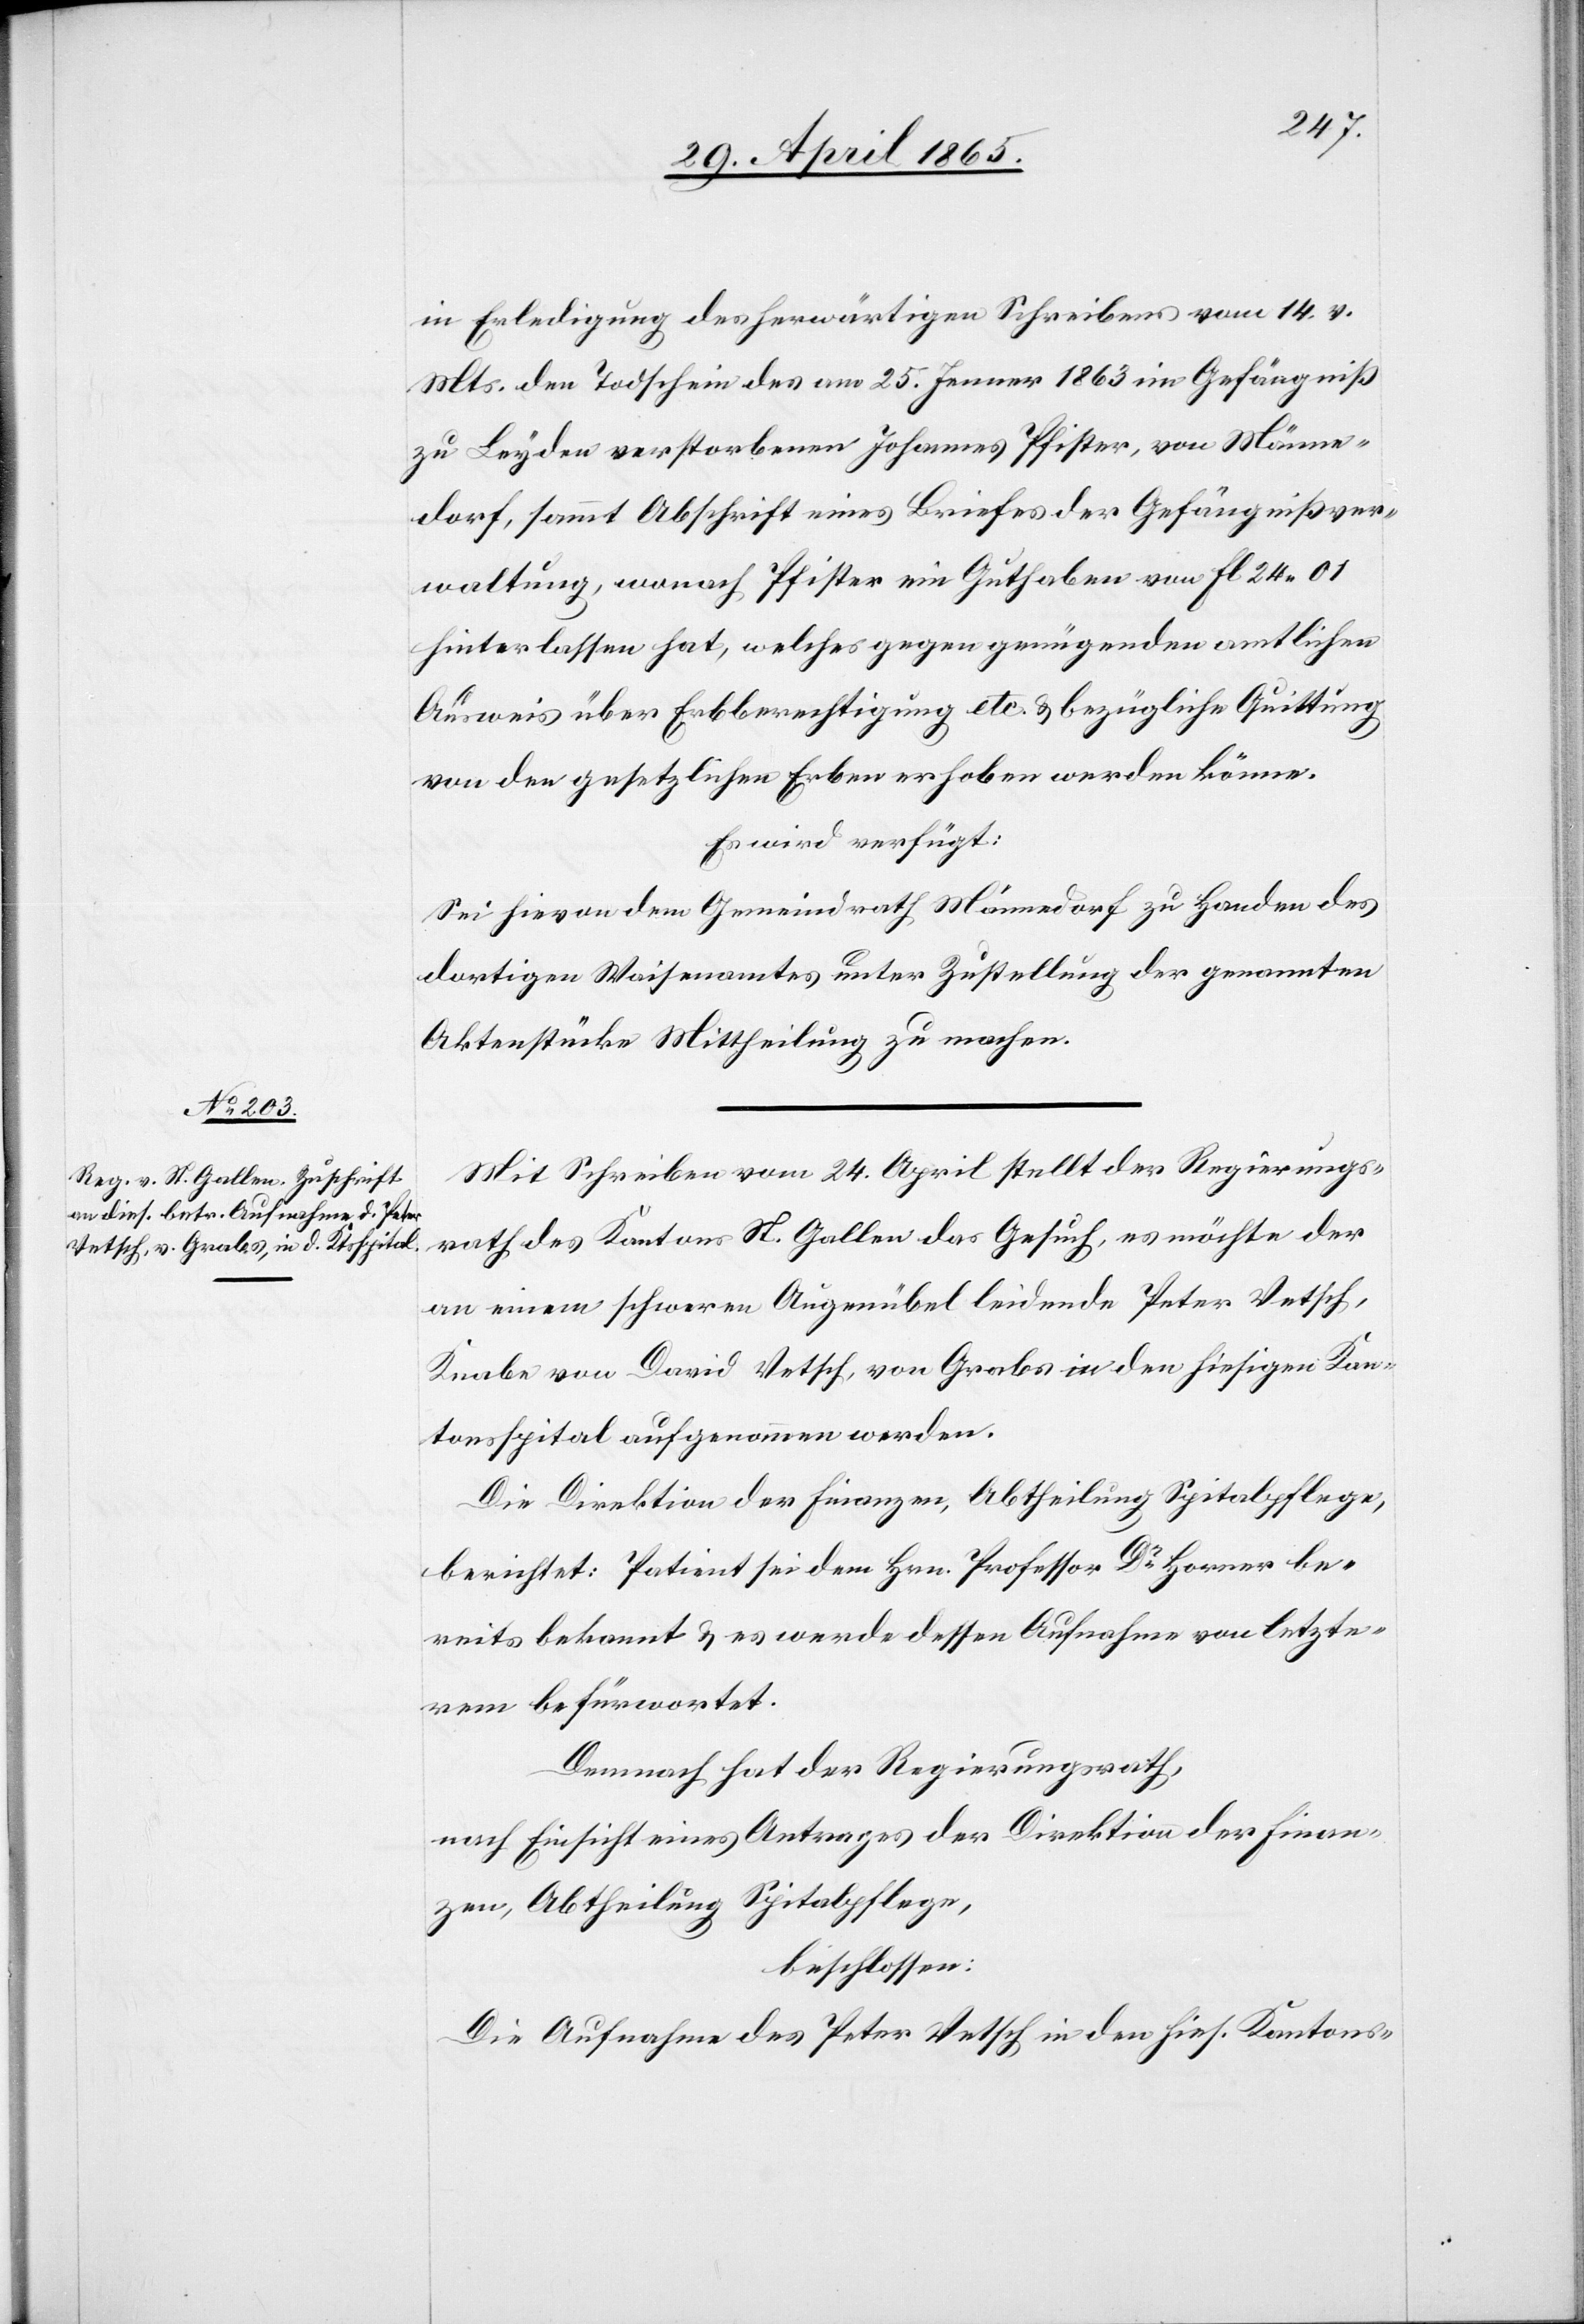
29. April 1865.]
in Erledigung des herwärtigen Schreibens vom 14. v.
Mts. den Todschein des am 25. Jenner 1863 im Gefängniß
zu Leyden verstorbenen Johannes Pfister, von Männe¬
dorf, sammt Abschrift eines Briefes der Gefängnißver¬
waltung, wonach Pfister ein Guthaben von fl 24 01
hinterlassen hat, welches gegen genügenden amtlichen
Ausweis über Erbberechtigung etc. & bezügliche Quittung
von den gesetzlichen Erben erhoben werden könne.
Es wird verfügt:
Sei hievon dem Gemeindrath Männedorf zu Handen des
dortigen Waisenamtes unter Zustellung der genannten
Aktenstücke Mittheilung zu machen.
Mit Schreiben vom 24. April stellt der Regierungs¬
rath des Kantons St. Gallen das Gesuch, es möchte der
an einem schweren Augenübel leidende Peter Vetsch,
Knabe von David Vetsch, von Grabs in den hiesigen Kan¬
tonsspital aufgenommen werden.
Die Direktion der Finanzen, Abtheilung Spitalpflege,
berichtet: Patient sei dem Hrn. Professor Dr Horner be¬
reist bekannt & es werde dessen Aufnahme von letzte¬
rem befürwortet.
Demnach hat der Regierungsrath,
nach Einsicht eines Antrages der Direktion der Finan¬
zen, Abtheilung Spitalpflege,
beschlossen:
Die Aufnahme des Peter Vetsch in den hies. Kantons-